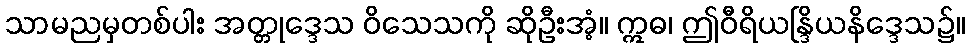
သာမညမှတစ်ပါး အတ္တုဒ္ဒေသ ဝိသေသကို ဆိုဦးအံ့။ ဣဓ၊ ဤဝီရိယန္ဒြိယနိဒ္ဒေသ၌။